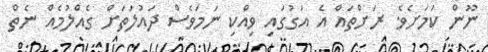
ނޫން ކަމަށެވެ. ރަށްތައް އެ އަގުގައި ވިއްކި ނަމަވެސް ދައުލަތަށް ގެއްލުމެއް ނެތް